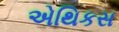
એથિકસ